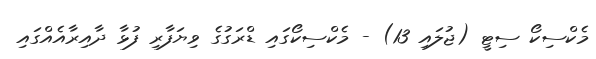
މެކްސިކޯ ސިޓީ (ޖުލައި 13) - މެކްސިކޯގައި ޑްރަގުގެ ވިޔަފާރި ފުޅާ ދާއިރާއެއްގައި